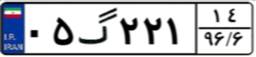
۰۵گ۲۲۱۱۴